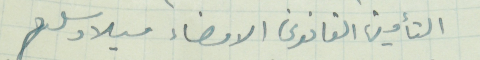
التأمين القانوني الامضاء ميلاد سلوم